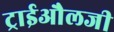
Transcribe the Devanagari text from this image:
ट्राईऔलजी